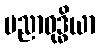
ပညာဝုဒ္ဓိယာ